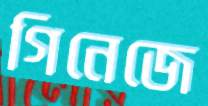
গিনেজে